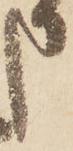
申